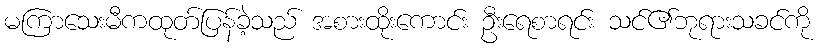
မကြာသေးမီကထုတ်ပြန်ခဲ့သည် အစားထိုးကောင်း ဦးရေစာရင်း သင်၏ဘုရားသခင်ကို